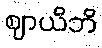
ဈာယိဘိ